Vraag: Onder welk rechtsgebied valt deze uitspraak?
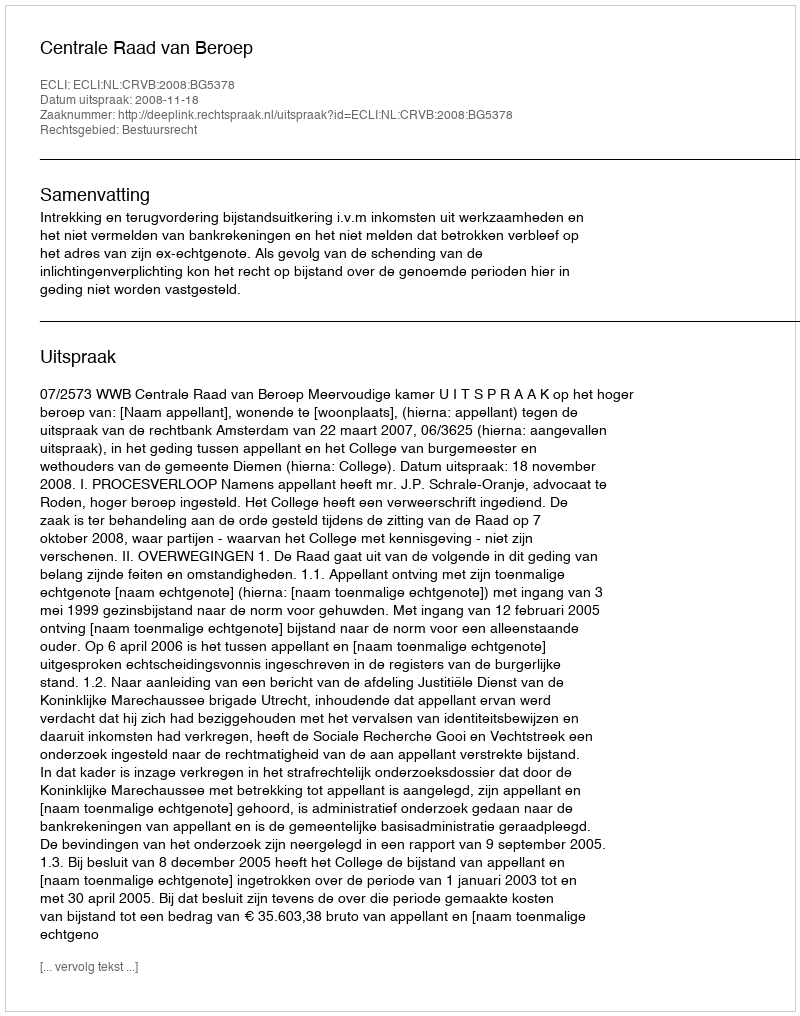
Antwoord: Bestuursrecht